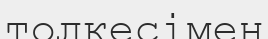
толкесімен